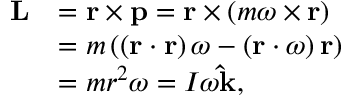
{ \begin{array} { r l } { \mathbf { L } } & { = \mathbf { r } \times \mathbf { p } = \mathbf { r } \times \left( m { \boldsymbol { \omega } } \times \mathbf { r } \right) } \\ & { = m \left( \left( \mathbf { r } \cdot \mathbf { r } \right) { \boldsymbol { \omega } } - \left( \mathbf { r } \cdot { \boldsymbol { \omega } } \right) \mathbf { r } \right) } \\ & { = m r ^ { 2 } { \boldsymbol { \omega } } = I \omega \mathbf { \hat { k } } , } \end{array} }